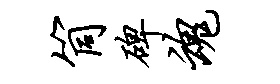
筒碑魂